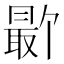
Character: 𪱕